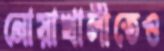
নোয়াখালীতেও